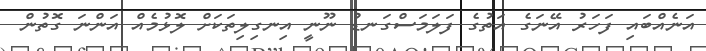
އަނެއްބައި ފަހަރު އޭނަގެ އަތުގެ ފަލަމަސްގަނޑު ނޫނީ އިނގިލިތަކަށް ލޮޅުމެއް އަންނަ ގޮތުން